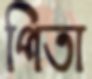
পিতা